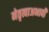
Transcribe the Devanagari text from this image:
नेतृत्वाअभावी